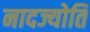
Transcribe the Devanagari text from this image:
नादज्योति